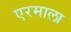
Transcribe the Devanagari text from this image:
एरमाला